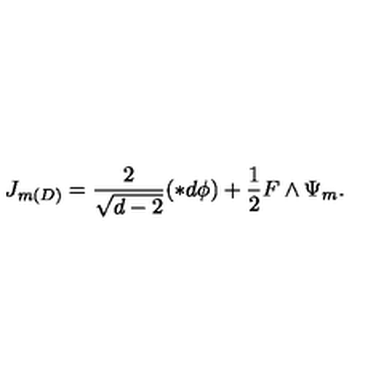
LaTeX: J _ { m ( D ) } = \frac { 2 } { \sqrt { d - 2 } } ( \ast d \phi ) + \frac { 1 } { 2 } F \wedge \Psi _ { m } .